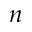
n